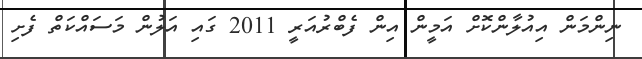
ނިންމަން އިއުލާންކޮށް އަމީން އިން ފެބްރުއަރީ 2011 ގައި އަލުން މަސައްކަތް ފެށި